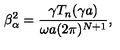
\beta _ { \alpha } ^ { 2 } = \frac { \gamma T _ { n } ( \gamma a ) } { \omega a ( 2 \pi ) ^ { N + 1 } } ,